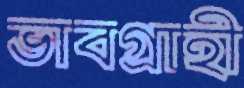
ভাবগ্রাহী